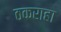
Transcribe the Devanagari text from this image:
ठकराहा